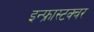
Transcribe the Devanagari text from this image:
इन्फ्रास्टक्चर